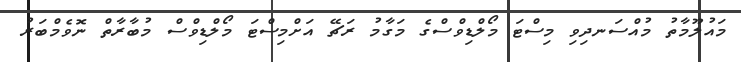
މައުލޫމާތު މުއްސަނދިވި މިސްޓަ މޯލްޑިވްސްގެ މަގާމު ރަޗޭ އަށްމިސްޓަ މޯލްޑިވްސް މުބާރާތް ނޮވެމްބަރު